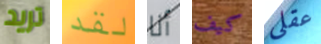
تريد لقد أنا كيف عقلي